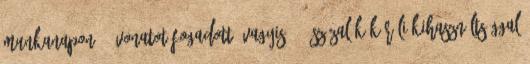
munkanapon 77 vonatot fogadott, vagyis 110 százalék körüli kihasználtsággal